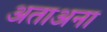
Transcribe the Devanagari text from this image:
अताअना